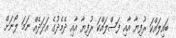
ބައިލައްކަ ރުފިޔާ އާއި ފަސްލައްކަ ރުފިޔާ އާއި ދެމެދުގެ އަދަދެއް ނަމަ ލޯނަށް